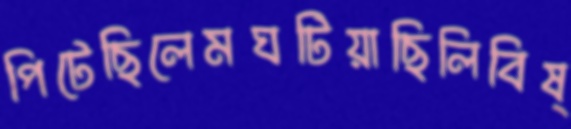
পিটেছিলেমঘটিয়াছিলিবিষ্